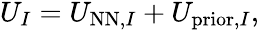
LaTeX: \begin{array}{r}{U_{I}=U_{\mathrm{NN},I}+U_{\mathrm{prior},I},}\end{array}